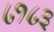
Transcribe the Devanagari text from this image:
८१८३